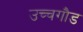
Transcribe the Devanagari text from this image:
उच्चगौड